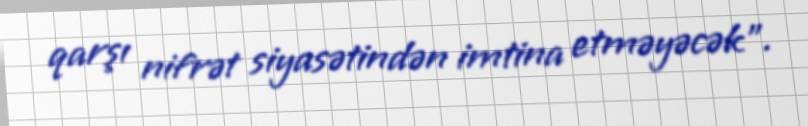
qarşı nifrət siyasətindən imtina etməyəcək”.